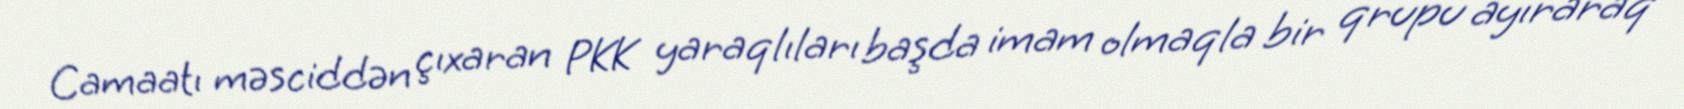
Camaatı məsciddən çıxaran PKK yaraqlıları başda imam olmaqla bir qrupu ayıraraq